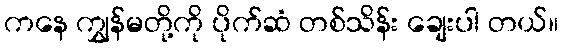
ကနေ ကျွှန်မတို့ကို ပိုက်ဆံ တစ်သိန်း ချေးပါ တယ်။